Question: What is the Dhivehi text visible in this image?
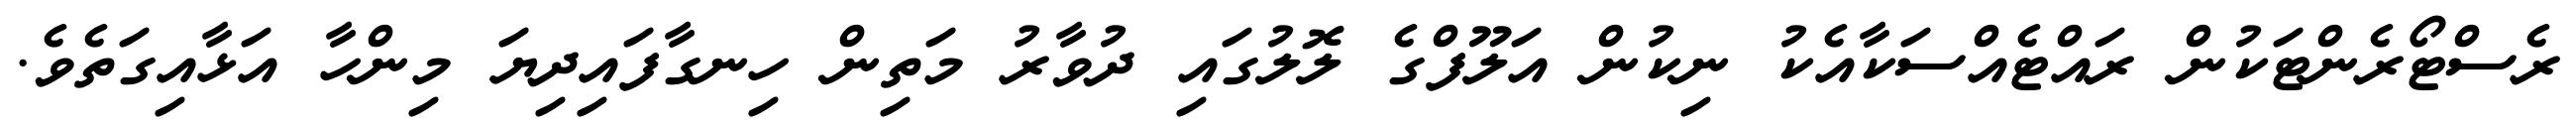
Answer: ރެސްޓޯރެންޓަކުން ރައްޓެއްސަކާއެކު ނިކުން އަލޫފްގެ ލޮލުގައި ދުވާރު މަތިން ހިނގާފައިދިޔަ މިންހާ އަޅާއިގަތެވެ.